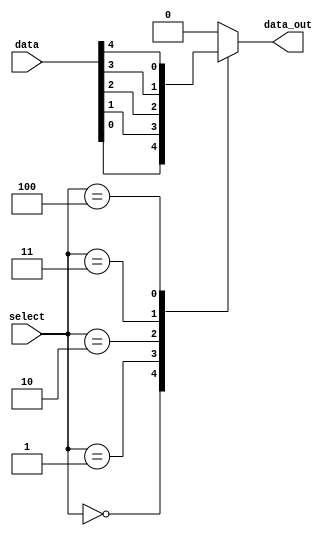
module mux_5to1(input wire [4:0] data,
                input wire [2:0] select,
           output reg data_out
          );


  always @(*) begin
    casez (select)  
      3'b000 : data_out = data[0]; 
      3'b001 : data_out = data[1]; 
      3'b010 : data_out = data[2];
      3'b011 : data_out = data[3];
      3'b100 : data_out = data[4];
      default :  data_out = 1'b0;
     endcase  
   end  
  
endmodule